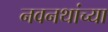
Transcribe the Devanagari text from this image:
नवनथांच्या